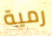
رمية